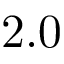
2 . 0